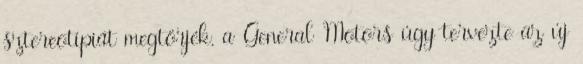
sztereotípiát megtörjék, a General Motors úgy tervezte az új